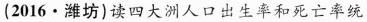
(2016·潍坊)读四大洲人口出生率和死亡率统